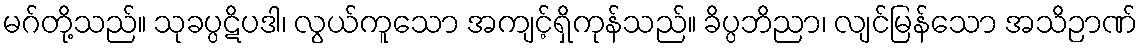
မဂ်တို့သည်။ သုခပ္ပဋိပဒါ၊ လွယ်ကူသော အကျင့်ရှိကုန်သည်။ ခိပ္ပဘိညာ၊ လျင်မြန်သော အသိဉာဏ်